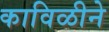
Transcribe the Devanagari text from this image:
काविळीने